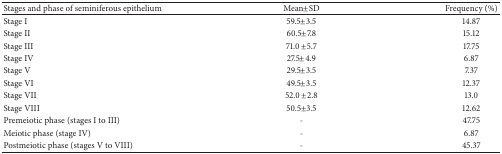
<table><thead><tr><td><b>Stages and phase of seminiferous epithelium</b></td><td><b>Mean±SD</b></td><td><b>Frequency (%)</b></td></tr></thead><tbody><tr><td>Stage I</td><td>59.5±3.5</td><td>14.87</td></tr><tr><td>Stage II</td><td>60.5±7.8</td><td>15.12</td></tr><tr><td>Stage III</td><td>71.0 ±5.7</td><td>17.75</td></tr><tr><td>Stage IV</td><td>27.5±4.9</td><td>6.87</td></tr><tr><td>Stage V</td><td>29.5±3.5</td><td>7.37</td></tr><tr><td>Stage VI</td><td>49.5±3.5</td><td>12.37</td></tr><tr><td>Stage VII</td><td>52.0 ±2.8</td><td>13.0</td></tr><tr><td>Stage VIII</td><td>50.5±3.5</td><td>12.62</td></tr><tr><td>Premeiotic phase (stages I to III)</td><td>-</td><td>47.75</td></tr><tr><td>Meiotic phase (stage IV)</td><td>-</td><td>6.87</td></tr><tr><td>Postmeiotic phase (stages V to VIII)</td><td>-</td><td>45.37</td></tr></tbody></table>